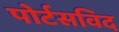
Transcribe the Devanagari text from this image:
पोर्टसविद